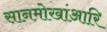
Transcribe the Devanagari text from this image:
सानमोखांआरि